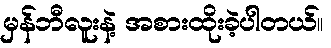
မှန်ဘီလူးနဲ့ အစားထိုးခဲ့ပါတယ်။